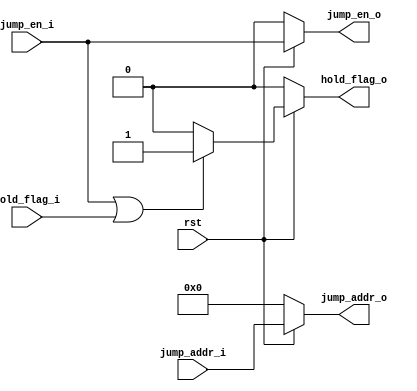
module ctrl(
    input                   rst,
    //from ex
    input   wire    [31:0]  jump_addr_i,
    input   wire            jump_en_i,
    input   wire            hold_flag_i,
    //to pc_reg
    output  reg     [31:0]  jump_addr_o,
    output  reg             jump_en_o,
    //to id_ex if_id
    output  reg             hold_flag_o
);

    always@(*) begin
        if(rst == 1'b0) begin
            jump_addr_o = 32'b0;
            jump_en_o   = 1'b0;
            hold_flag_o = 1'b0;
        end
        else begin
            jump_addr_o = jump_addr_i;
            jump_en_o   = jump_en_i;
            if(jump_en_i || hold_flag_i)
                hold_flag_o = 1'b1;
            else
                hold_flag_o = 1'b0;
        end
    end



endmodule